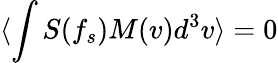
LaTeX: \langle\int S(f_{s})M(v)d^{3}v\rangle=0